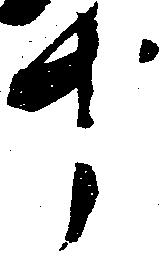
十